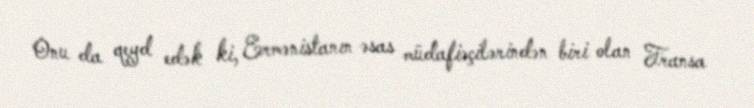
Onu da qeyd edək ki, Ermənistanın əsas müdafiəçilərindən biri olan Fransa